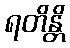
ရတိန္တိ